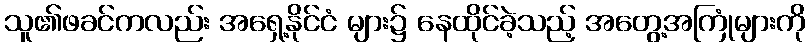
သူ၏ဖခင်ကလည်း အရှေ့နိုင်ငံ များ၌ နေထိုင်ခဲ့သည့် အတွေ့အကြုံများကို